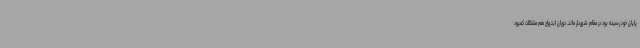
پایان خود رسیده بود در مقام شهردار ماند. دوران ابتهاج هم مشکلات کمبود